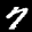
Label: 7